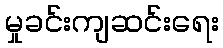
မှုခင်းကျဆင်းရေး